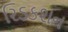
રિડકશન